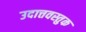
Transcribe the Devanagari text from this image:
उदात्तवस्तुक